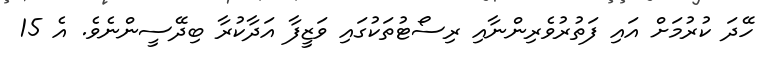
ހޭދަ ކުރުމަށް އައި ފަތުރުވެރިންނާއި ރިސޯޓުތަކުގައި ވަޒީފާ އަދާކުރާ ބިދޭސީންނެވެ. އެ 15